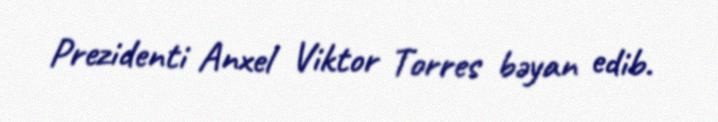
Prezidenti Anxel Viktor Torres bəyan edib.